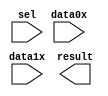
module MUX_2x1 (
	data0x,
	data1x,
	sel,
	result);

	input	[3:0]  data0x;
	input	[3:0]  data1x;
	input	  sel;
	output	[3:0]  result;

endmodule